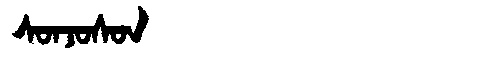
Manchu: ᠰᠣᠨᠵᠣᠰᡨ
Romanization: SONJOST